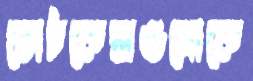
ভোটকেন্দ্রগুলোকে